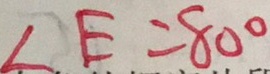
\angle E = 8 0 ^ { \circ }